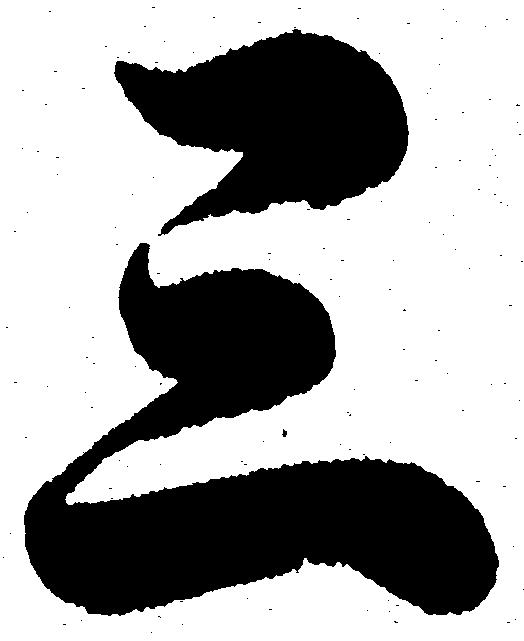
三